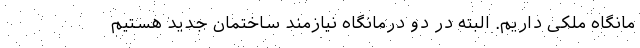
مانگاه ملکی داریم. البته در دو درمانگاه نیازمند ساختمان جدید هستیم